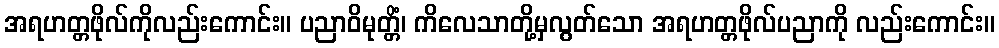
အရဟတ္တဖိုလ်ကိုလည်းကောင်း။ ပညာဝိမုတ္တိံ၊ ကိလေသာတို့မှလွတ်သော အရဟတ္တဖိုလ်ပညာကို လည်းကောင်း။